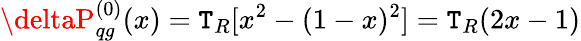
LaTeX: \deltaP_{qg}^{(0)}(x)=\mathtt{T}_{R}[x^{2}-(1-x)^{2}]=\mathtt{T}_{R}(2x-1)